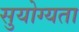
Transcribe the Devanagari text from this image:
सुयोग्यता